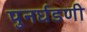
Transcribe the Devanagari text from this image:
पुनर्घडणी